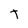
Character: t